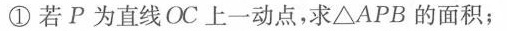
①若P为直线OC上一动点，求△APB的面积；